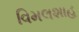
વિમલશાહ